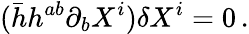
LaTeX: (\bar{h}h^{ab}\partial_{b}X^{i})\delta X^{i}=0\, .